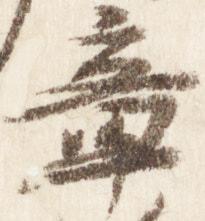
章